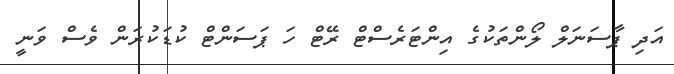
އަދި ޕާސަނަލް ލޯންތަކުގެ އިންޓަރެސްޓް ރޭޓް ހަ ޕަސަންޓް ކުޑަކުރަން ވެސް ވަނީ